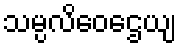
သမ္ပလိဝေဌေယျ